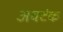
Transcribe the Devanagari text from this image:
अवटंक